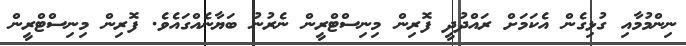
ނިންމުމާއި ގުޅިގެން އެކަމަށް ރައްދުދީ ފޮރިން މިނިސްޓްރީން ނެރުނު ބަޔާނެއްގައެވެ. ފޮރިން މިނިސްޓްރީން